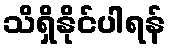
သိရှိနိုင်ပါရန်